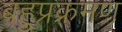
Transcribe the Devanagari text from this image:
बहुप्रक्रमण